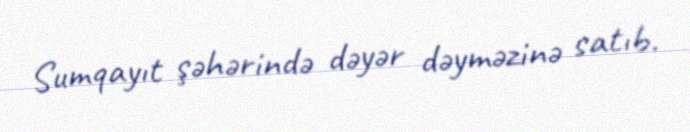
Sumqayıt şəhərində dəyər dəyməzinə satıb.